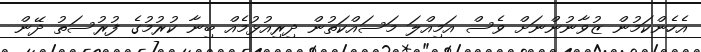
އެހެންކަމުން ޒުވާނުންނަށް ވެސް އަމިއްލަ މަސައްކަތުން ދިރިއުޅުމެއް ބިނާ ކުރުމުގެ ފުރުސަތު ދޭން